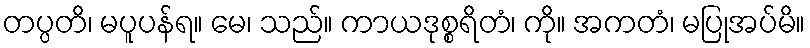
တပ္ပတိ၊ မပူပန်ရ။ မေ၊ သည်။ ကာယဒုစ္စရိတံ၊ ကို။ အကတံ၊ မပြုအပ်မိ။